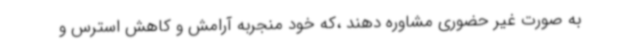
به صورت غیر حضوری مشاوره دهند ،که خود منجربه آرامش و کاهش استرس و